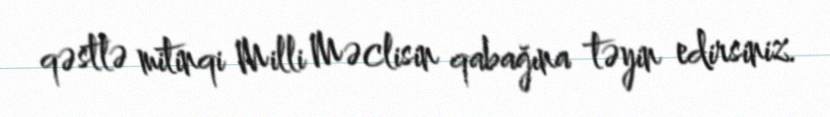
qəstlə mitinqi Milli Məclisin qabağına təyin edirsiniz.